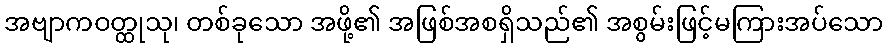
အဗျာကဝတ္ထုသု၊ တစ်ခုသော အဖို့၏ အဖြစ်အစရှိသည်၏ အစွမ်းဖြင့်မကြားအပ်သော